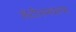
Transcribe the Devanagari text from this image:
लॅटीनमधल्या